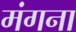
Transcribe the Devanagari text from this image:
मंगना